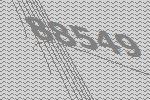
88549